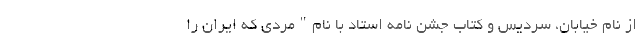
از نام خیابان، سردیس و کتاب جشن نامه استاد با نام"مردی که ایران را